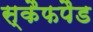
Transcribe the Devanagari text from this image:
स्कैफपैड